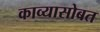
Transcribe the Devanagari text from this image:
काव्यासोबत